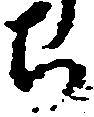
ち